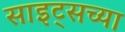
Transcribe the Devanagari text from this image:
साइट्‌सच्या